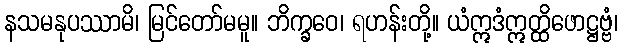
နသမနုပဿာမိ၊ မြင်တော်မမူ။ ဘိက္ခဝေ၊ ရဟန်းတို့။ ယံဣဒံဣတ္ထိဖောဋ္ဌဗ္ဗံ၊